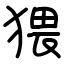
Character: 猥